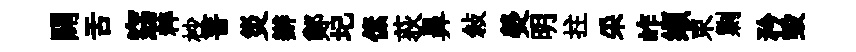
闢舌窈粹杪菩災辦鄭圮傃荻鼻敍熒明拄采岞缬束剿矜毁